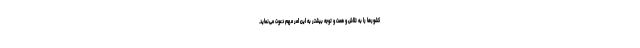
کشورها را به تلاش و همت و توجه بیشتر به این امر مهم دعوت می‌نماید.